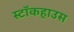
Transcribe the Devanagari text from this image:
स्टॉकहाउस